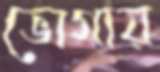
ভোগায়